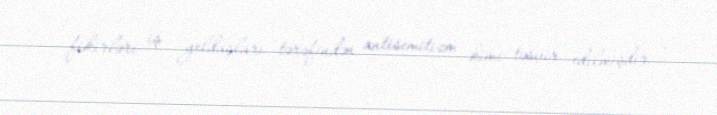
fikirləri iş yoldaşları tərəfindən antisemitizm kimi təsvir edilmişdir .